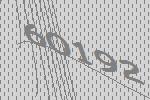
60192